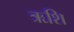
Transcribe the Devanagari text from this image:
ऋशि